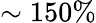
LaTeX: \sim 150\%